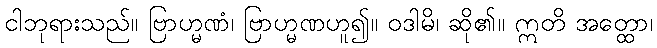
ငါဘုရားသည်။ ဗြာဟ္မဏံ၊ ဗြာဟ္မဏဟူ၍။ ဝဒါမိ၊ ဆို၏။ ဣတိ အတ္ထော၊